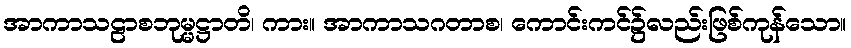
အာကာသဠာစဘုမ္မဋ္ဌာတိ၊ ကား။ အာကာသဂတာစ၊ ကောင်းကင်၌လည်းဖြစ်ကုန်သော။